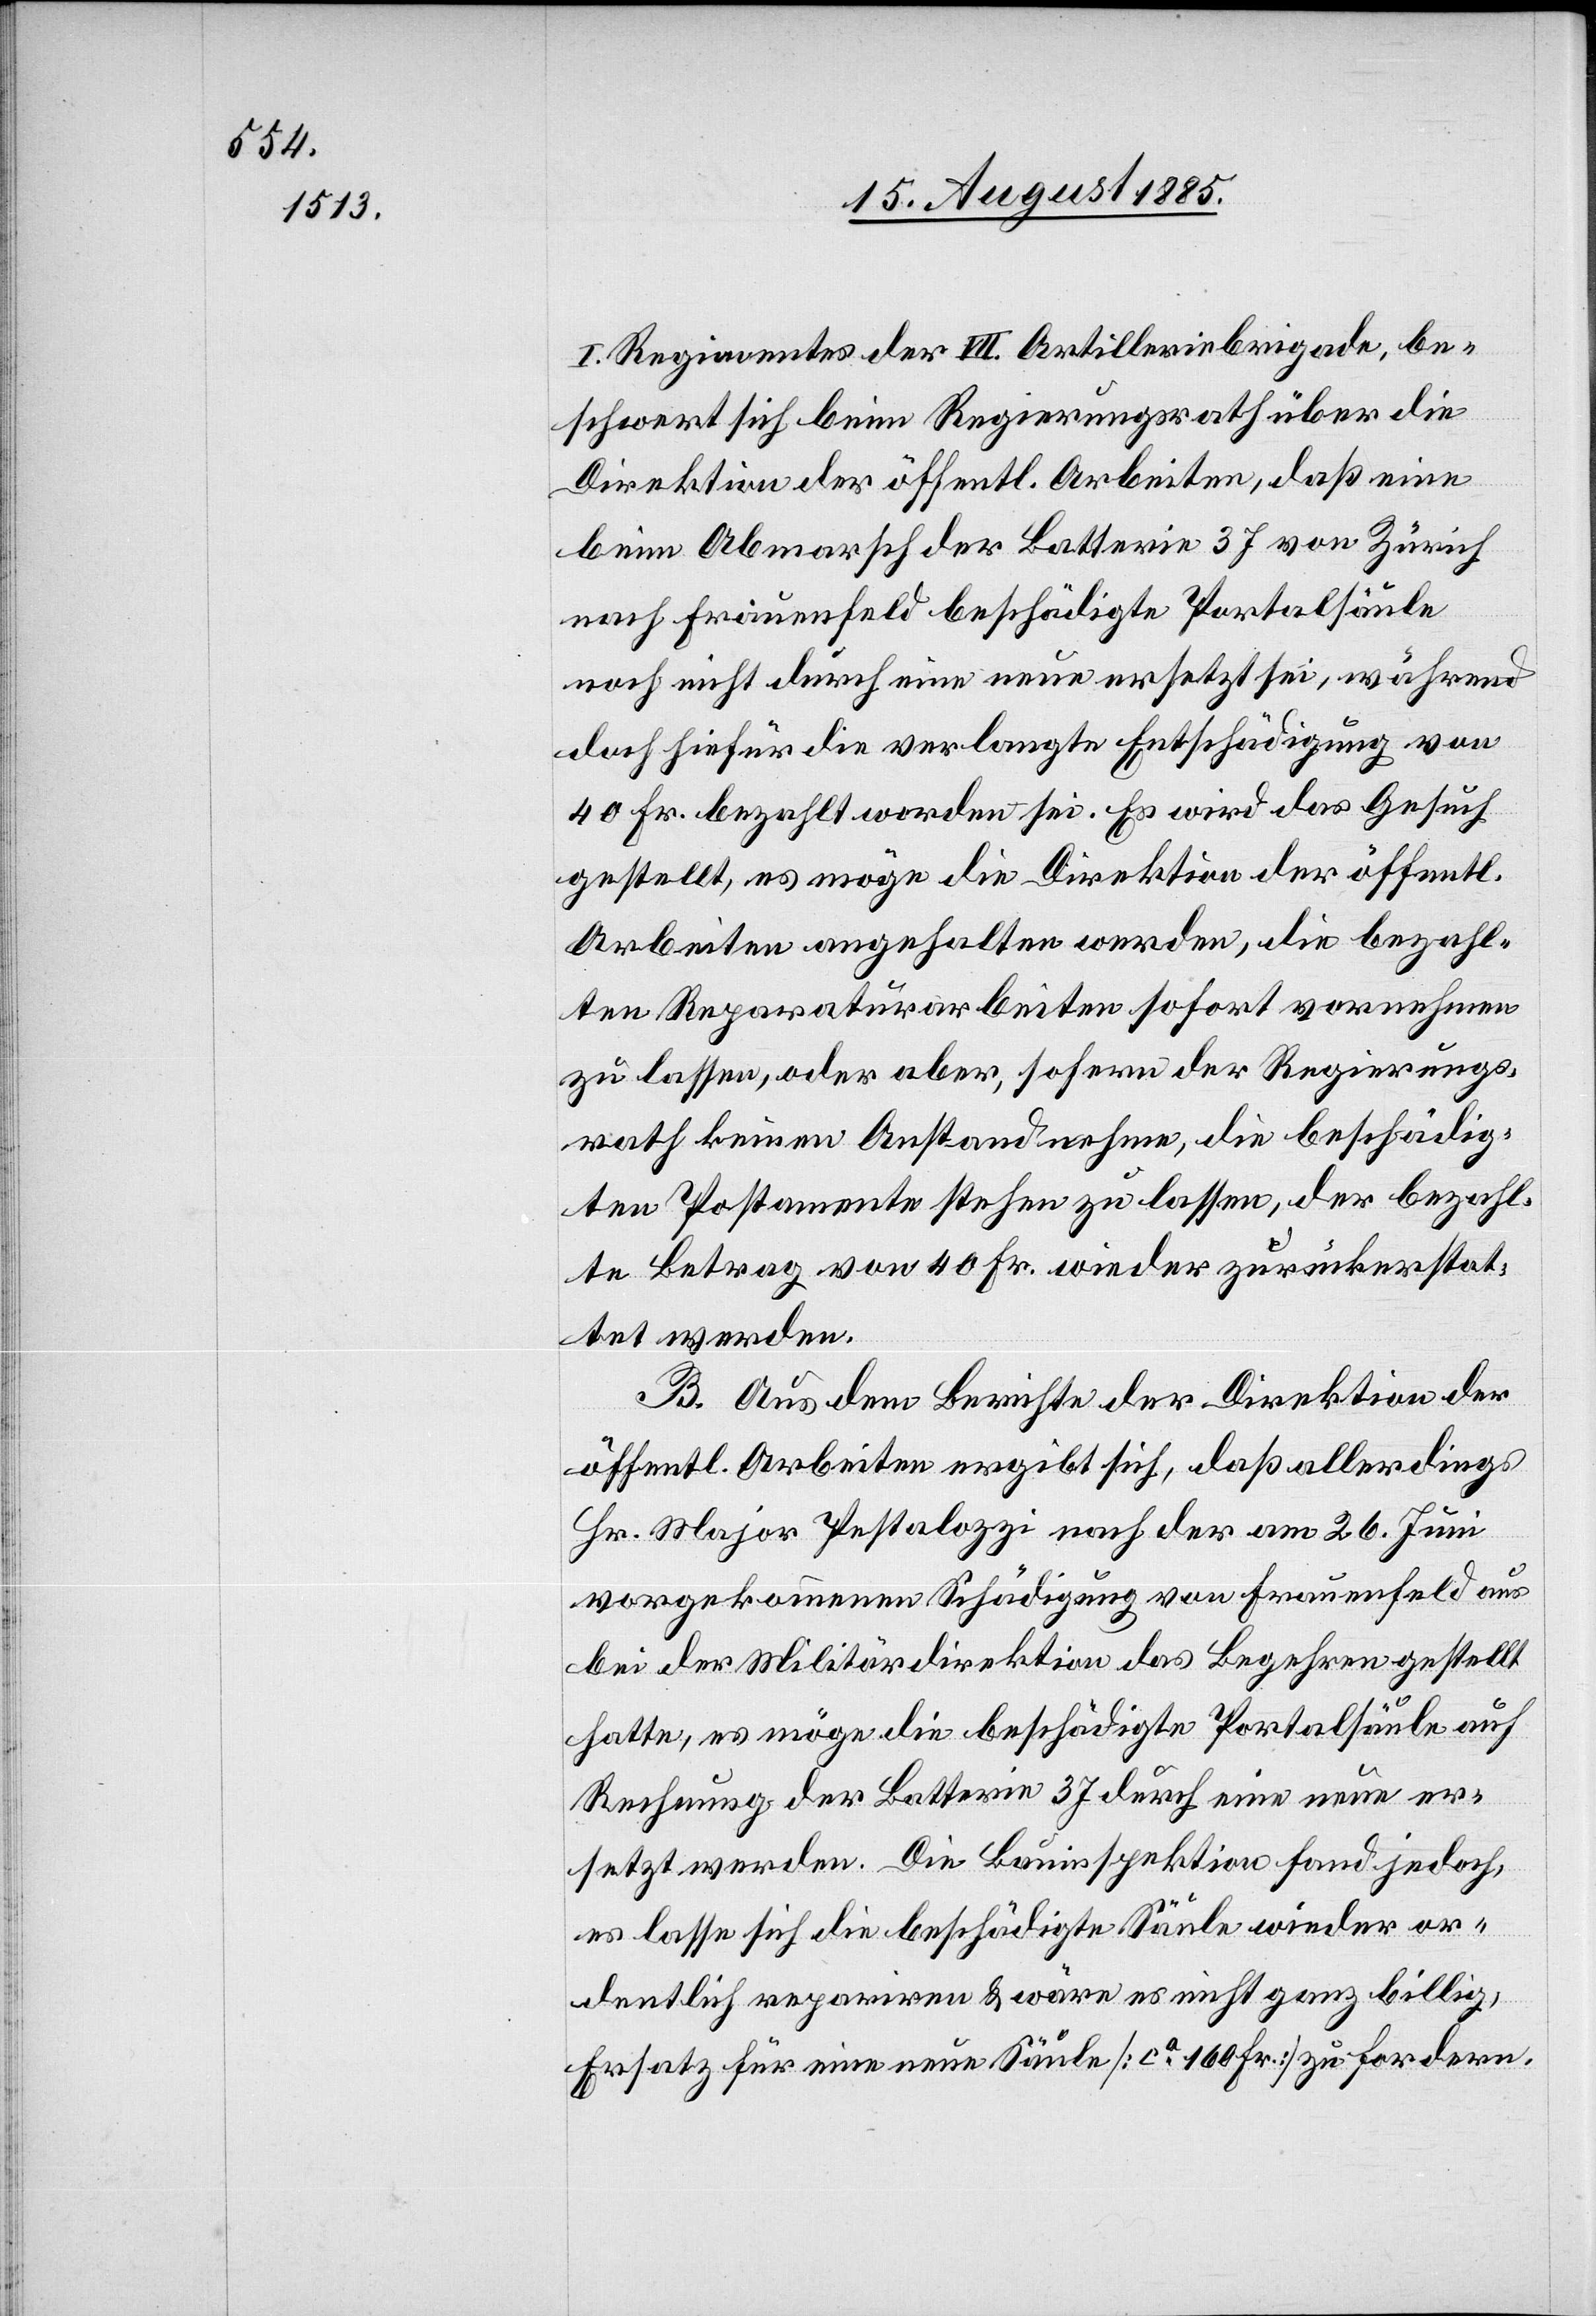
I. Regimentes der VII. Artilleriebrigade, be¬
schwert sich beim Regierungsrath über die
Direktion der öffentl. Arbeiten, daß eine
beim Abmarsch der Batterie 37 von Zürich
nach Frauenfeld beschädigte Portalsäule
noch nicht durch eine neue ersetzt sei, während
doch hiefür die verlangte Entschädigung von
40 Fr. bezahlt worden sei. Es wird das Gesuch
gestellt, es möge die Direktion der öffentl.
Arbeiten angehalten werden, die bezahl¬
ten Reparaturarbeiten sofort vornehmen
zu lassen, oder aber, sofern der Regierungs¬
rath keinen Anstand nehme, die beschädig¬
ten Postamente stehen zu lassen, der bezahl¬
te Betrag von 40 Fr. wieder zurückerstat¬
tet werden.
B. Aus dem Berichte der Direktion der
öffentl. Arbeiten ergibt sich, daß allerdings
Hr. Major Pestalozzi nach der am 26. Juni
vorgekommenen Schädigung von Frauenfeld aus
bei der Militärdirektion das Begehren gestellt
hatte, es möge die beschädigte Portalsäule auf
Rechnung der Batterie 37 durch eine neue er¬
setzt werden. Die Bauinspektion fand jedoch,
es lasse sich die beschädigte Säule wieder or¬
dentlich repariren & wäre es nicht ganz billig,
Ersatz für eine neue Säule [ca 160 Fr.] zu fordern.